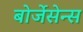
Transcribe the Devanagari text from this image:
बोर्जेसेन्स